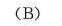
(B)